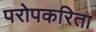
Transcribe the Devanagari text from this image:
परोपकरिता